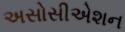
અસોસીએશન